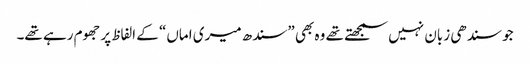
جو سندھی زبان نہیں سمجھتے تھے وہ بھی ”سندھ میری اماں“ کے الفاظ پر جھوم رہے تھے۔